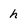
Character: h